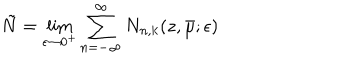
\tilde { N } = \lim _ { \epsilon \rightarrow 0 ^ { + } } \sum _ { n = - \infty } ^ { \infty } N _ { n , k } ( z , \bar { \mu } ; \epsilon )